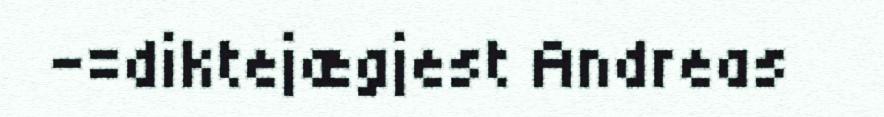
–=diktejægjest Andreas